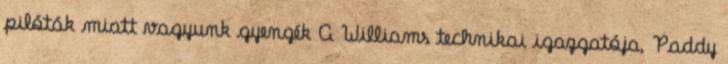
pilóták miatt vagyunk gyengék A Williams technikai igazgatója, Paddy